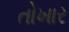
તોખાર